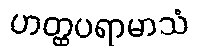
ဟတ္ထပရာမာသံ